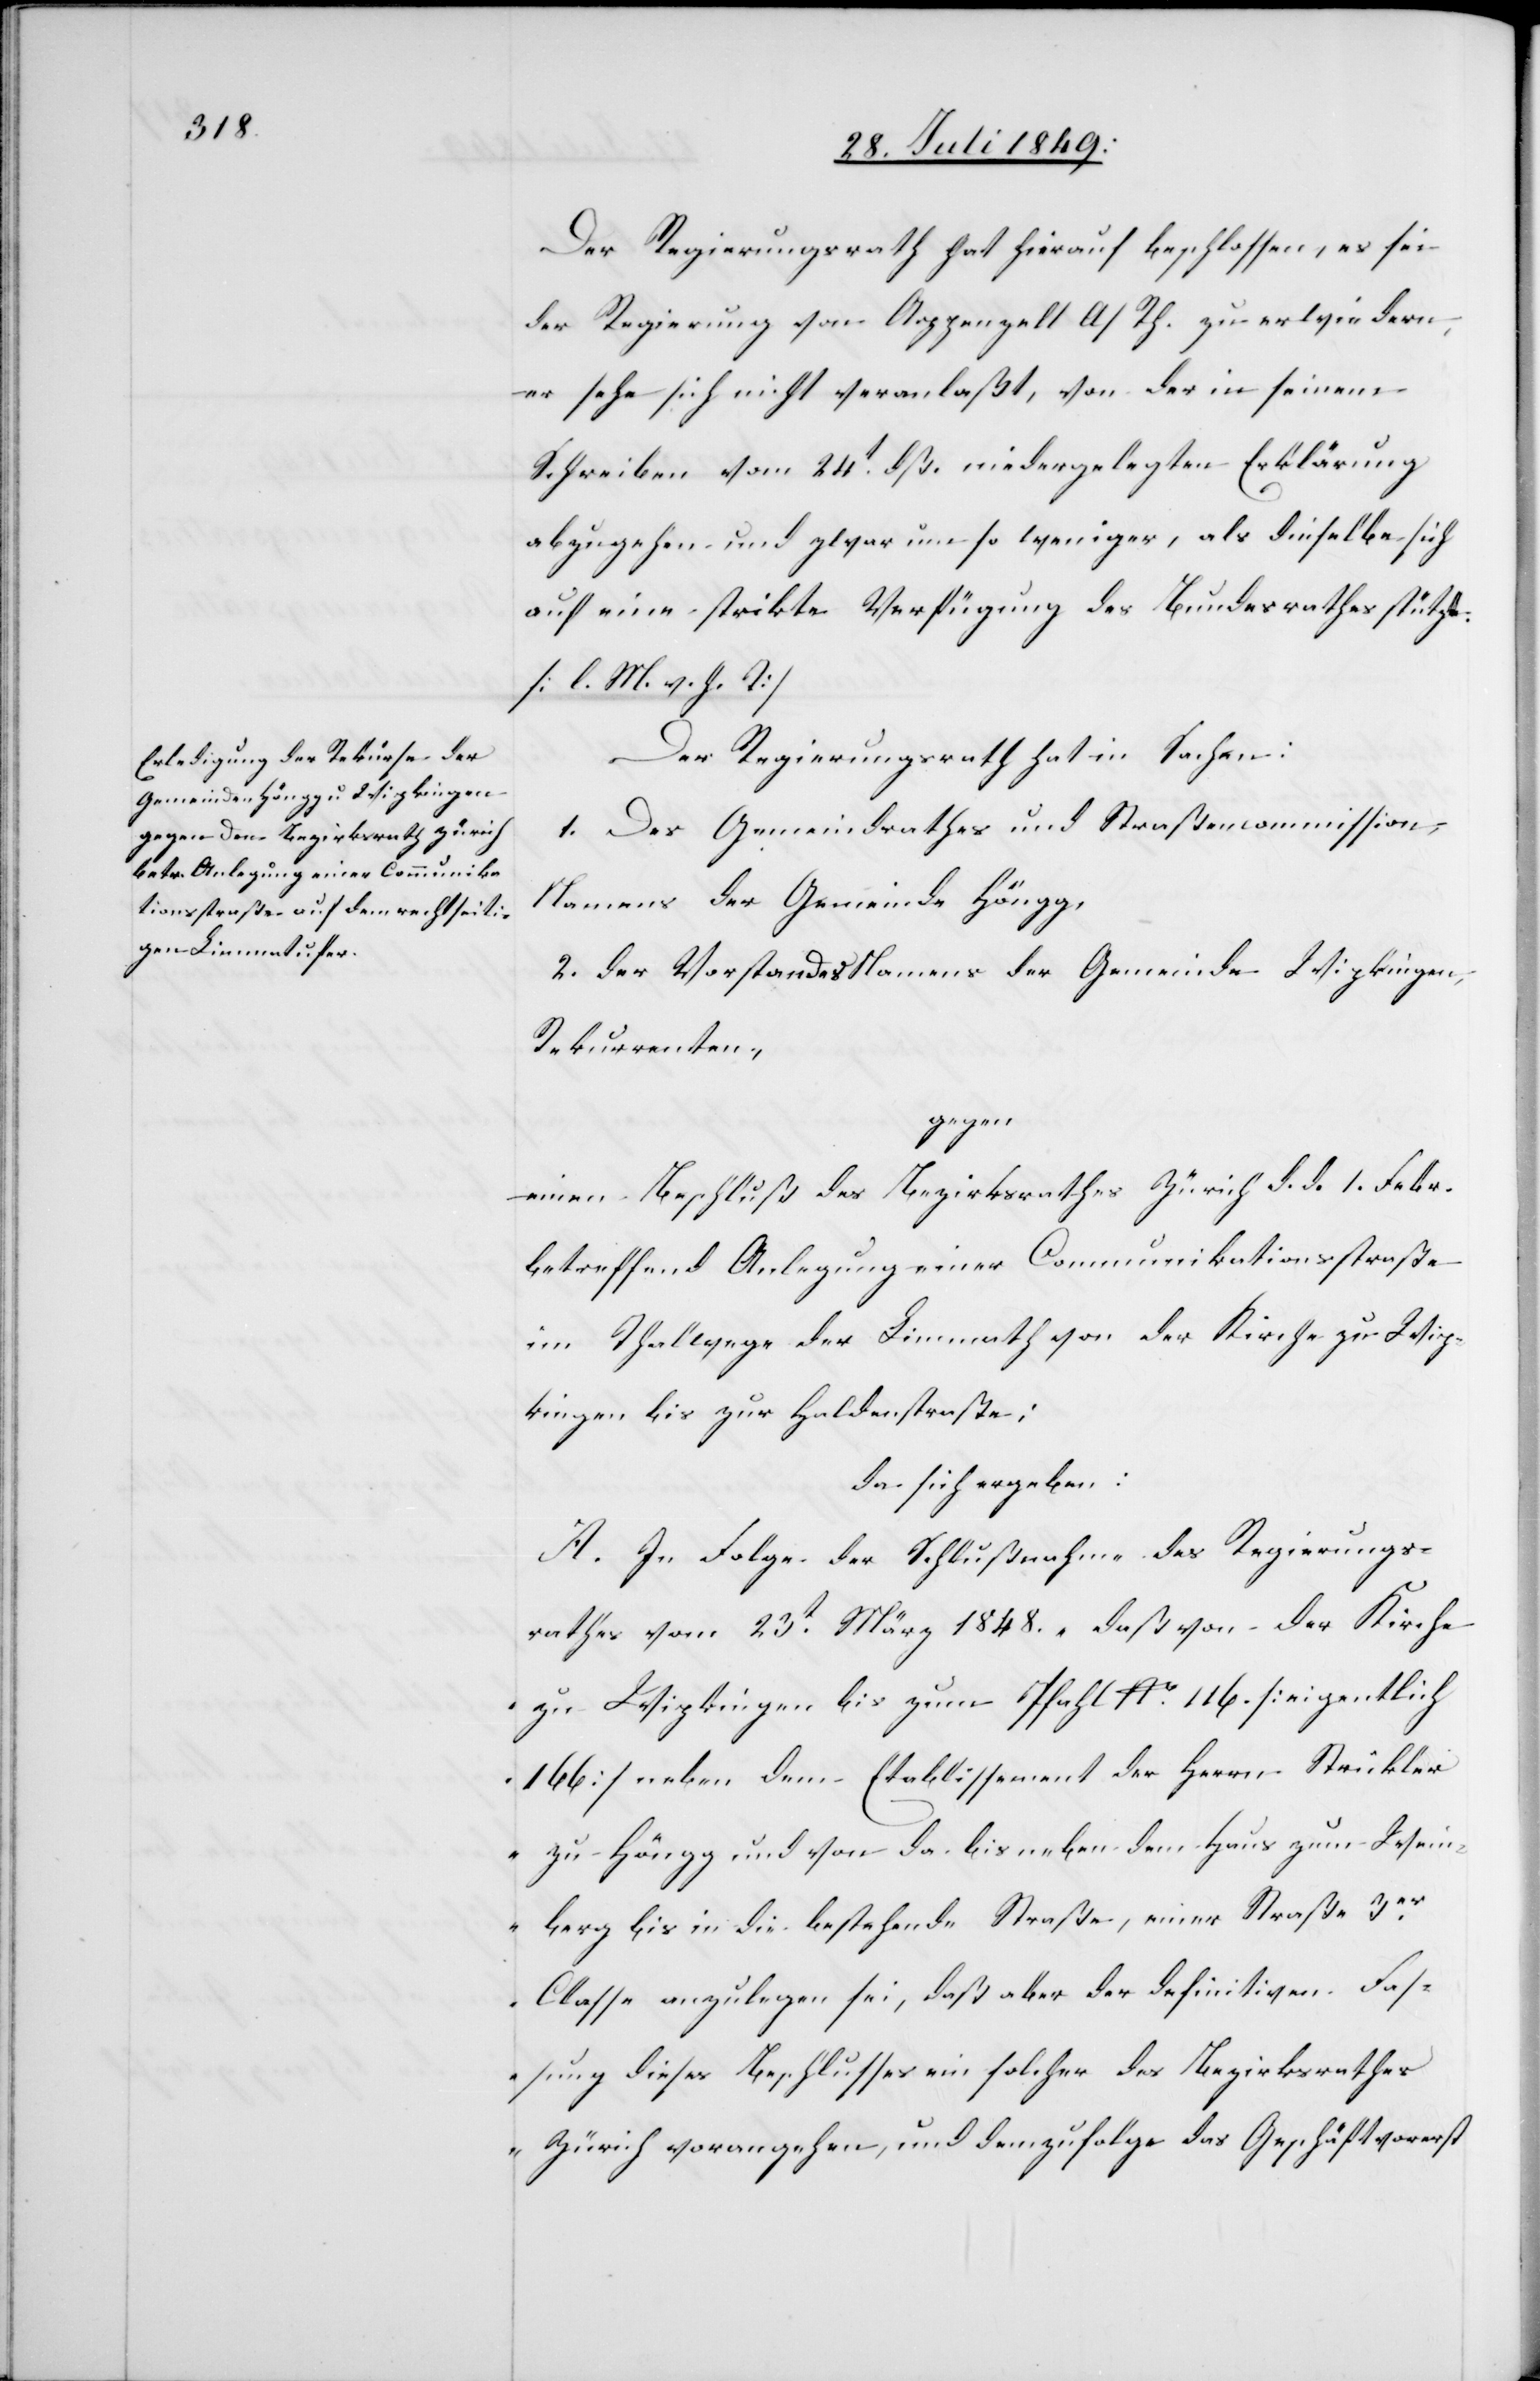
Der Regierungsrath hat hierauf beschlossen, es sei
der Regierung von Appenzell A/Rh. zu erwiedern,
er sehe sich nicht veranlaßt, von der in seinem
Schreiben vom 24t dß. niedergelegten Erklärung
abzugehen und zwar um so weniger, als dieselbe sich
auf eine strikte Verfügung des Bundesrathes stütze.
[l. M. v. h. T]